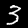
Digit: 3